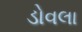
ડોવલા